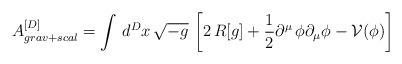
LaTeX: \begin{align*}A_{grav+scal}^{[D]}=\int \, d^Dx \, \sqrt{-g} \,\left[ 2 \, R[g] +\frac{1}{2}\partial^\mu \, \phi \partial_\mu \phi - \mathcal{V}(\phi)\right]\end{align*}